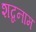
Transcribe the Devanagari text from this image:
शब्दनाम